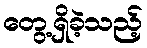
တွေ့ရှိခဲ့သည့်